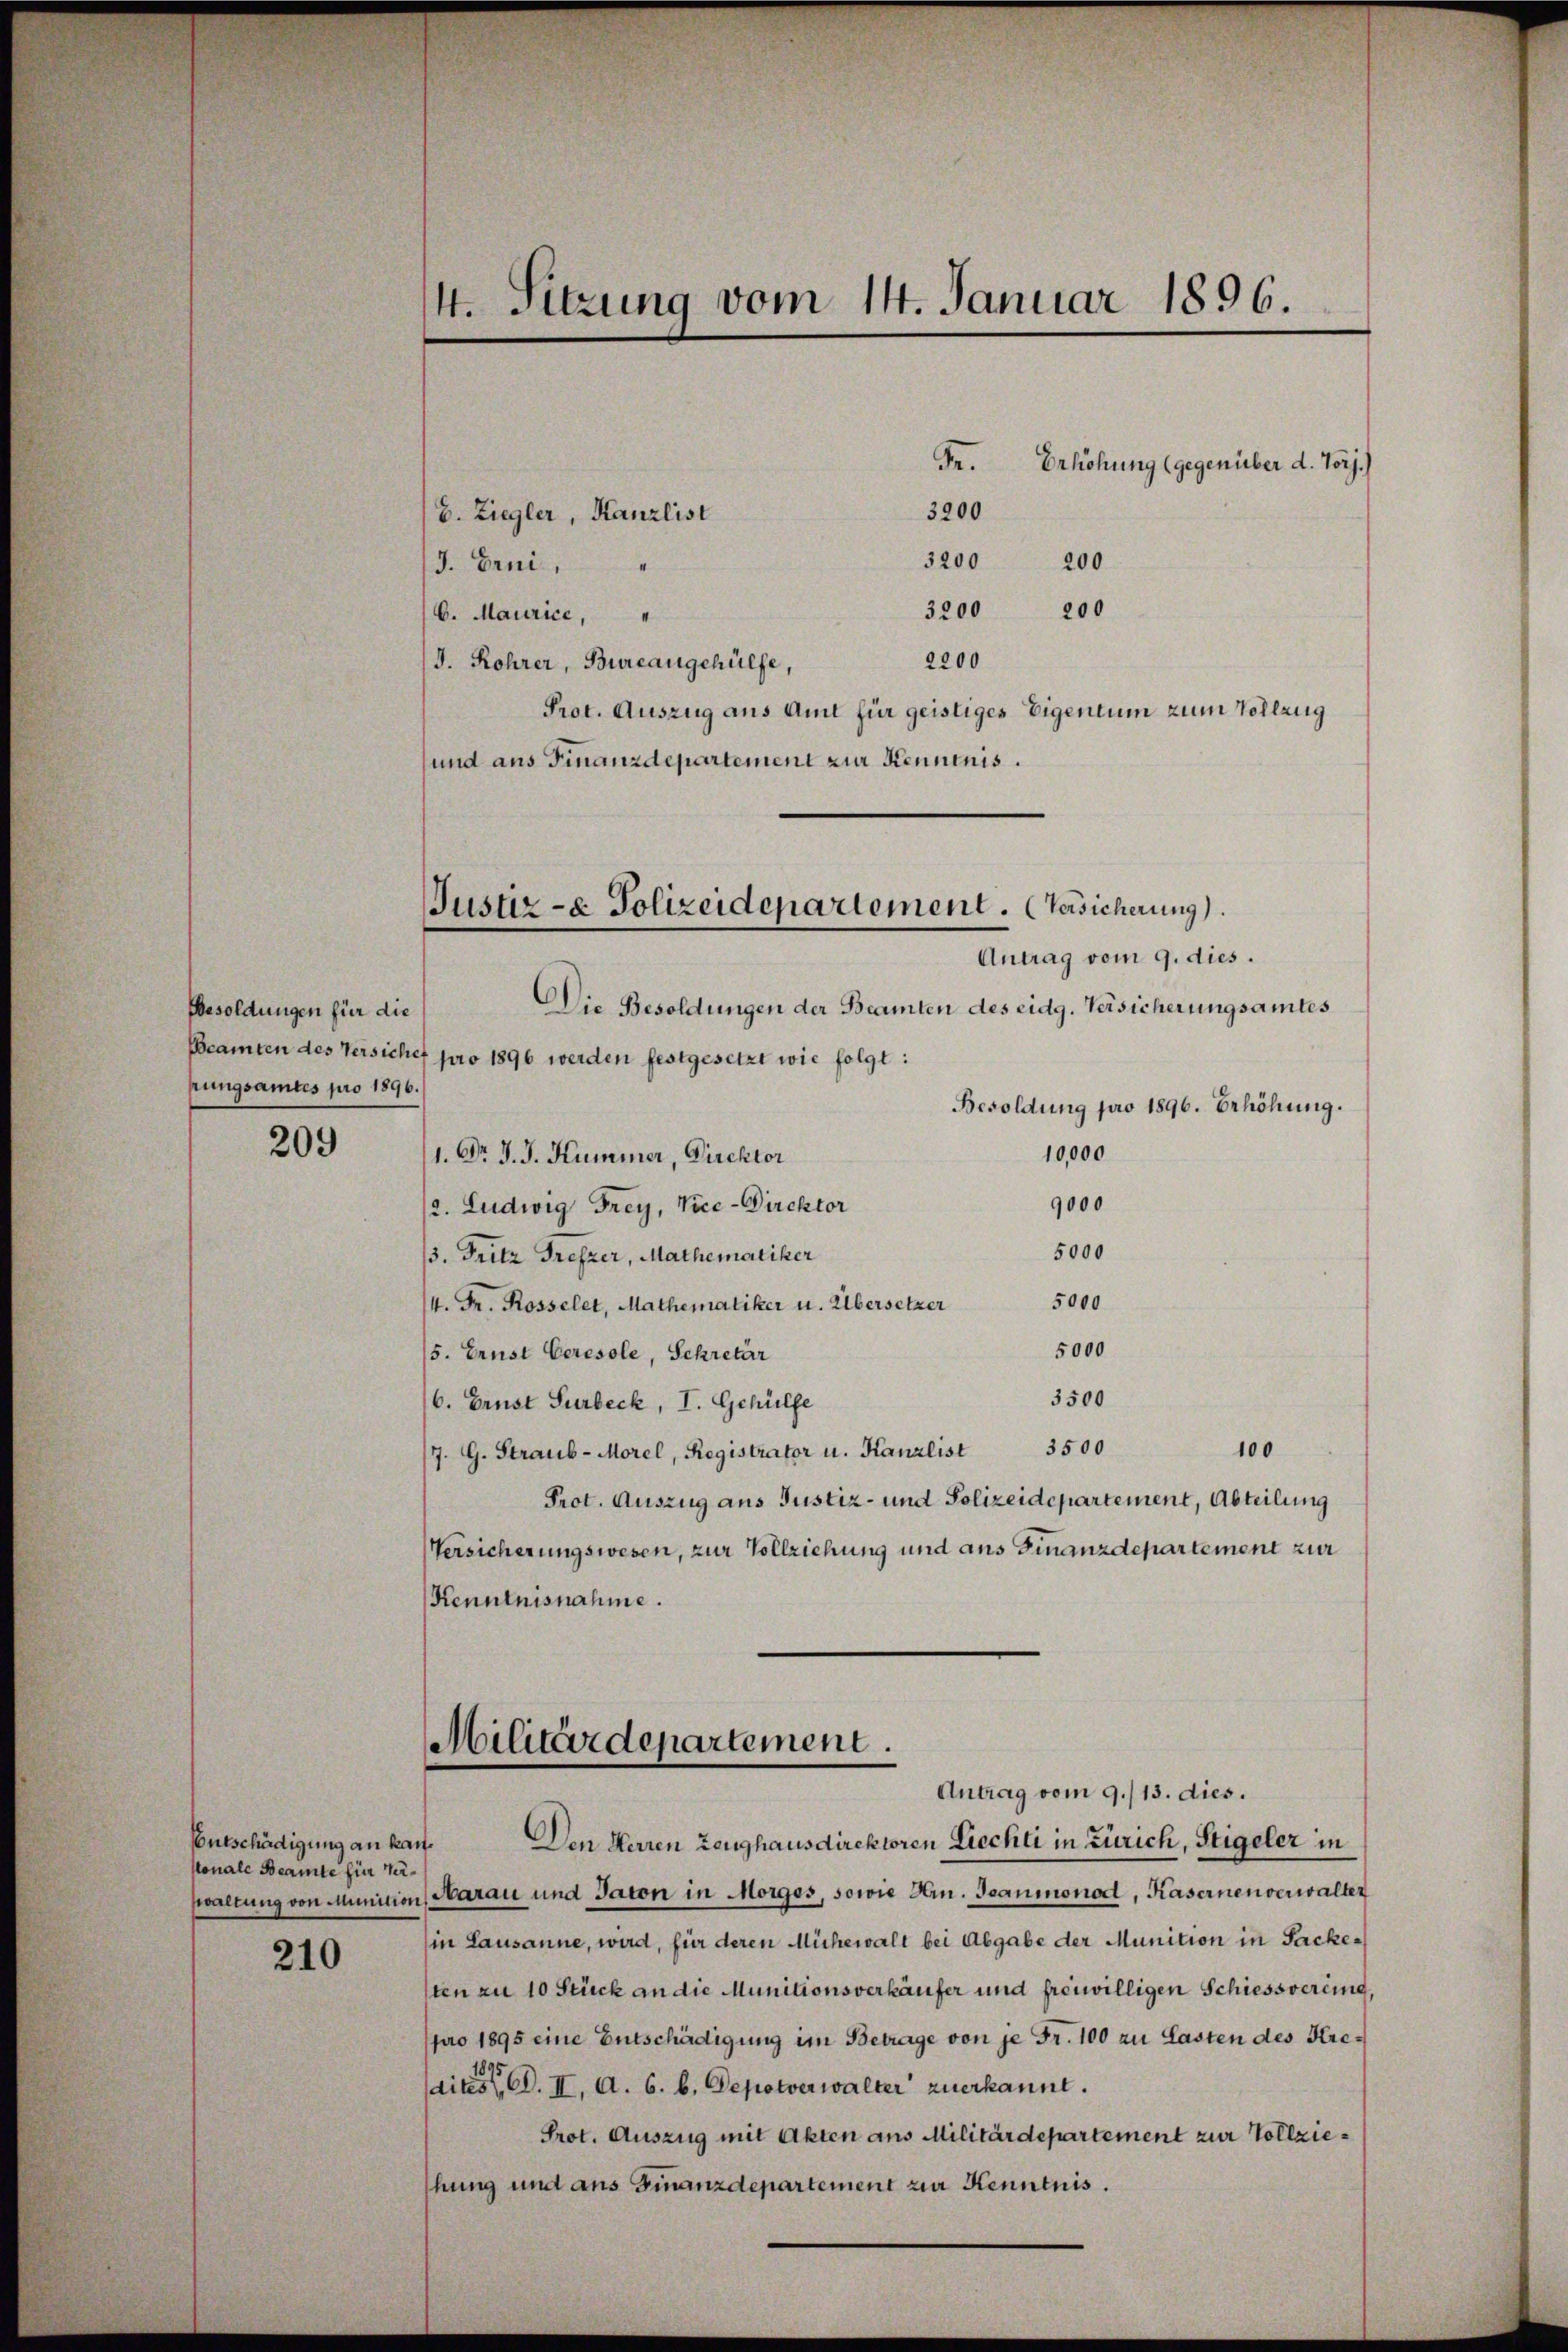
Besoldungen für die
rrungsamtes pro 1896.

209

sonale Beamte für Ver¬

210

Fr. Erhöhung (gegenüber d. Vorj.)
b. Ziegler, Kanzlist
3200 200
I
J. Erni,
200
3200
6. Maurice,
2200
/d. Rohrer, Bureaugehülfe,
Prot. Auszug aus Amt für geistiges Eigentum zum Vollzug
und aus Finanzdepartement zur Kenntnis.

4. Sitzung vom 14. Januar 1896.

3200

Beamten des Versicher pro 1896 werden festgesetzt wie folgt:
Besoldung pro 1896. Erhöhung.
10,000
1. Dr J. J. Kummer, Direktor
9000
(2. Ludwig Frey, Vice-Direktor
5000
3. Fritz Grefzer, Mathematiker
5000
/4. Fr. Rosselet, Mathematiker u. Übersetzer
5000
5. Ernst Ceresole, Schretär
3500
6. Brust Surbeck, I. Gehülfe
100
/7. G. Straub-Morel, Registrator u. Kanzlist 3500
Prot. Auszug aus Justiz- und Polizeidepartement, Abteilung
Versicherungswesen, zur Vollziehung und aus Finanzdepartement zur
Kenntnisnahme.

Justiz- & Polizeidepartement. Versicherung).
Antrag vom 9. dies.
Die Besoldungen der Beamten des eidg. Versicherungsamtes

Militärdepartement.
Antrag vom 9./13. dies.

Entschädigung an kan. Den Herren Zeughausdirektoren Ziechti in Zürich, Sigeler in
sweltung von Munition Harau und Jaton in Morges, sowie Hrn. Jeanmnonod, Kasernen verwalter
in Lausanne, wird, für deren Mühewalt bei Abgabe der Munition in Sacketten zu 10 Stück an die Munitionsverkäufer und freiwilligen Schiessvering,
pro 1895 eine Entschädigung im Betrage von je Fr. 100 zu Lasten des Kreaitest. II. A. 6. b. Depotverwalter zuerkannt.
Prot. Auszug mit Akten aus Militärdepartement zur Vollziehung und aus Finanzdepartement zur Kenntnis.